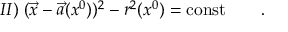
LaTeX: I I ) \; ( \vec { x } - \vec { a } ( x ^ { 0 } ) ) ^ { 2 } - r ^ { 2 } ( x ^ { 0 } ) = \mathrm { c o n s t } \qquad .